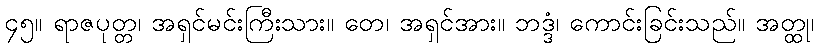
၄၅။ ရာဇပုတ္တ၊ အရှင်မင်းကြီးသား။ တေ၊ အရှင်အား။ ဘဒ္ဒံ၊ ကောင်းခြင်းသည်။ အတ္ထု၊